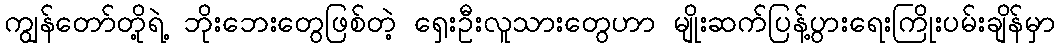
ကျွန်တော်တို့ရဲ့ ဘိုးဘေးတွေဖြစ်တဲ့ ရှေးဦးလူသားတွေဟာ မျိုးဆက်ပြန့်ပွားရေးကြိုးပမ်းချိန်မှာ